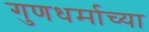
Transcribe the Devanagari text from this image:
गुणधर्माच्या